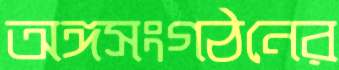
অঙ্গসংগঠনের